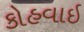
કોહવાઇ